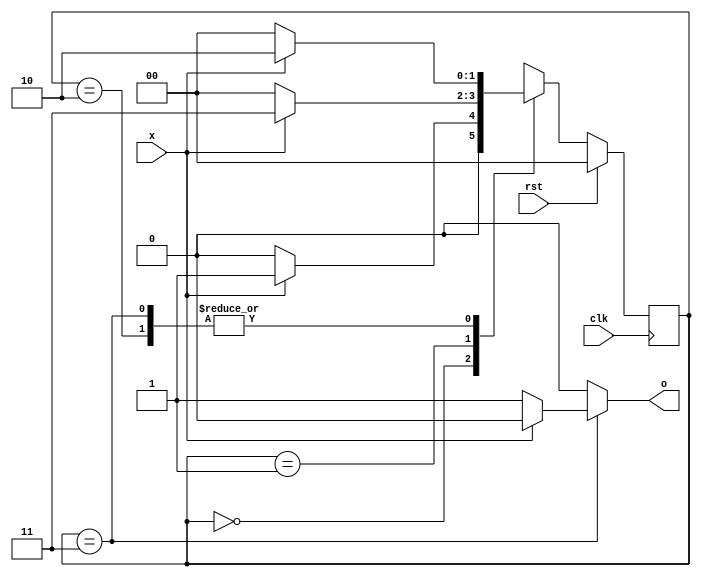
`timescale 1ns / 1ps
//////////////////////////////////////////////////////////////////////////////////
// Company: 
// Engineer: 
// 
// Design Name: 
// Module Name:    fsm2 
// Project Name: 
// Target Devices: 
// Tool versions: 
// Description: 
//
// Dependencies: 
//
// Revision: 
// Revision 0.01 - File Created
// Additional Comments: 
//
//////////////////////////////////////////////////////////////////////////////////
module fsm2(o, clk, rst, x);
	input x, clk, rst;
	output reg o;
	reg [1:0] state, next_state;
	parameter A =2'b00, B = 2'b01, C = 2'b11, D = 2'b10; 
	always @(x, state) begin
		case(state)
			A : begin 
					next_state = x ? B : A;
				 end
			B : begin
					next_state = x ? C : A;
				 end
			C : begin
					next_state = x ? D : A;
				 end
			D : begin
					next_state = x ? D : A;
				 end
		endcase
	end
	always @ (state)
	begin
		if(state == C)
			o = x? 0:1;
		else
			o = 0;
	end
	always @(posedge clk)
		begin
		if(rst)
			state <= A;
		else
			state <= next_state;
		end


endmodule